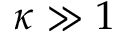
\kappa \gg 1